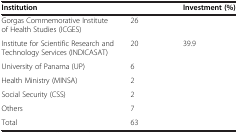
<table><thead><tr><td><b>Institution</b></td><td>[EMPTY_CELL]</td><td><b>Investment (%)</b></td></tr></thead><tbody><tr><td>Gorgas Commemorative Institute of Health Studies (ICGES)</td><td>26</td><td>[EMPTY_CELL]</td></tr><tr><td>Institute for Scientific Research and Technology Services (INDICASAT)</td><td>20</td><td>39.9</td></tr><tr><td>University of Panama (UP)</td><td>6</td><td>[EMPTY_CELL]</td></tr><tr><td>Health Ministry (MINSA)</td><td>2</td><td>[EMPTY_CELL]</td></tr><tr><td>Social Security (CSS)</td><td>2</td><td>[EMPTY_CELL]</td></tr><tr><td>Others</td><td>7</td><td>[EMPTY_CELL]</td></tr><tr><td>Total</td><td>63</td><td>[EMPTY_CELL]</td></tr></tbody></table>